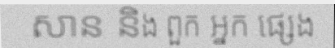
សាន និង ពួក អ្នក ផ្សេង